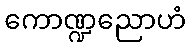
ကောဏ္ဍညောဟံ